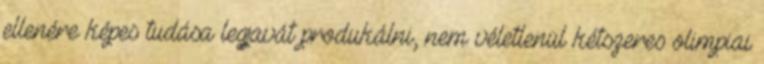
ellenére képes tudása legjavát produkálni, nem véletlenül kétszeres olimpiai